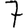
Digit: 7